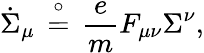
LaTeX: {\dot{\Sigma}}_{\mu}\, \stackrel{\circ}{=}\, {\frac{e}{m}}F_{\mu\nu}\Sigma^{\nu},